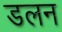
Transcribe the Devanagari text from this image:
डलन